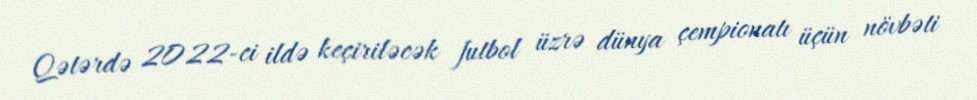
Qətərdə 2022-ci ildə keçiriləcək futbol üzrə dünya çempionatı üçün növbəti